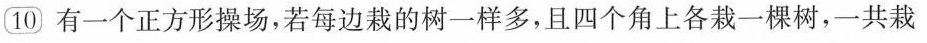
10有一个正方形操场，若每边栽的树一样多，且四个角上各栽一棵树，一共栽